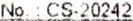
NO.: CS-20242